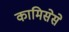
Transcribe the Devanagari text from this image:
कामिसेसे